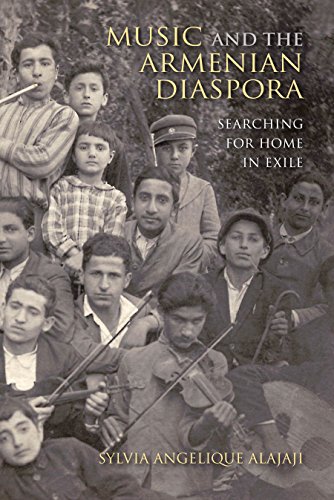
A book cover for Music and the Armenian Diaspora: Searching for Home in Exile (Public Cultures of the Middle East and North Africa); Sylvia Angelique Alajaji; History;